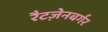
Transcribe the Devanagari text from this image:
रैटज़ेनबर्गर